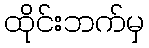
ထိုင်းဘက်မှ